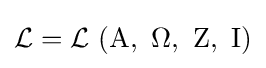
{\mathcal {L}}={\mathcal {L}}\ (\mathrm {A} ,\ \Omega ,\ \mathrm {Z} ,\ \mathrm {I} )